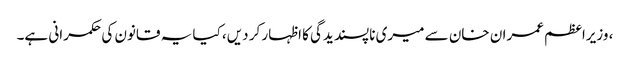
، وزیراعظم عمران خان سے میری ناپسندیدگی کا اظہار کر دیں، کیا یہ قانون کی حکمرانی ہے۔